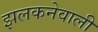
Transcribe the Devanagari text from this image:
झलकनेवाली